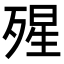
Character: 𣨾